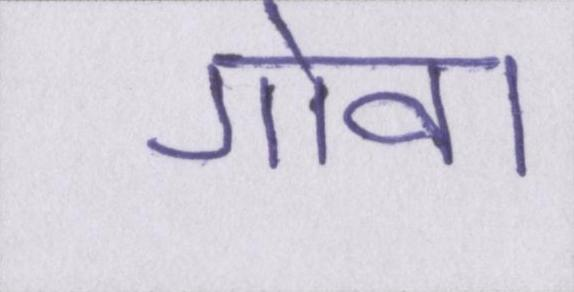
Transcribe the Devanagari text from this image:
गोवा